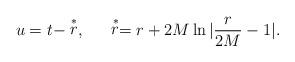
LaTeX: \begin{align*}u=t-\stackrel{*}{r},~~~~\stackrel{*}{r}=r+2M\ln|\frac{r}{2M}-1|.\end{align*}